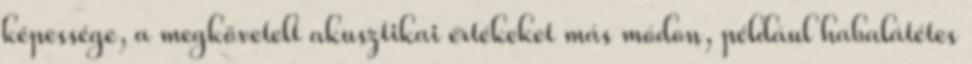
képessége, a megkövetelt akusztikai értékeket más módon, például habalátétes